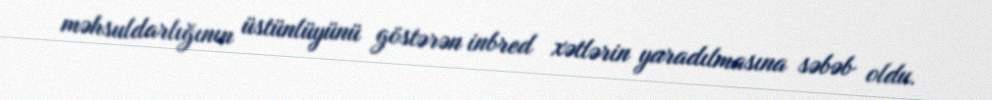
məhsuldarlığının üstünlüyünü göstərən inbred xətlərin yaradılmasına səbəb oldu.